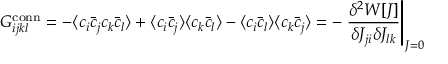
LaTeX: G _ { i j k l } ^ { \mathrm { c o n n } } = - \langle c _ { i } { \bar { c } } _ { j } c _ { k } { \bar { c } } _ { l } \rangle + \langle c _ { i } { \bar { c } } _ { j } \rangle \langle c _ { k } { \bar { c } } _ { l } \rangle - \langle c _ { i } { \bar { c } } _ { l } \rangle \langle c _ { k } { \bar { c } } _ { j } \rangle = - \left. { \frac { \delta ^ { 2 } W [ J ] } { \delta J _ { j i } \delta J _ { l k } } } \right| _ { J = 0 }